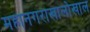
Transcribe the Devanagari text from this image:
महानगराखालोखाल